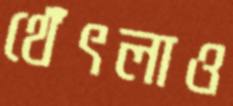
থেঁৎলাও